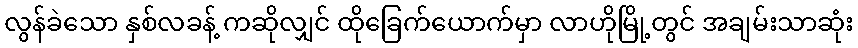
လွန်ခဲသော နှစ်လခန့် ကဆိုလျှင် ထိုခြေက်ယောက်မှာ လာဟိုမြို့တွင် အချမ်းသာဆုံး